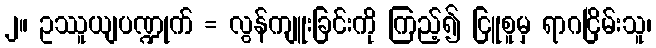
၂။ ဥဿူယျပဏ္ဍုက် = လွန်ကျူးခြင်းကို ကြည့်၍ ငြူစူမှ ရာဂငြိမ်းသူ၊